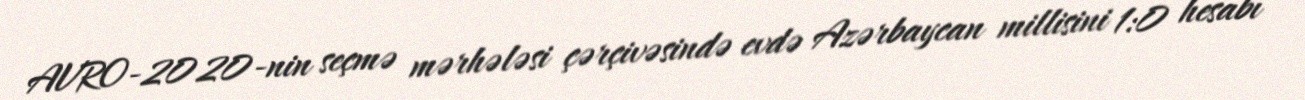
AVRO-2020-nin seçmə mərhələsi çərçivəsində evdə Azərbaycan millisini 1:0 hesabı